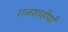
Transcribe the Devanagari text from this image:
राजशाहीयाँ